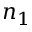
n _ { 1 }